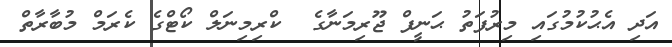
އަދި އެޙުކުމުގައި މިރުފަތު ޙަނީފް ޖޫރިމަނާގެ  ކްރިމިނަލް ކޯޓްގެ ކެރަމް މުބާރާތް